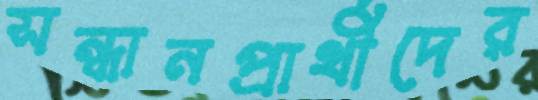
সন্ধানপ্রার্থীদের